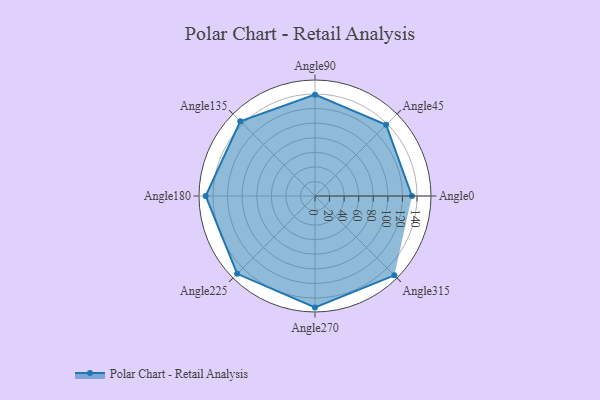
{"axis": {"x": "Angle", "y": "Radius"}, "legend": [""], "data": [{"x": "Angle0", "y": 133.0, "type": ""}, {"x": "Angle45", "y": 138.0, "type": ""}, {"x": "Angle90", "y": 139.0, "type": ""}, {"x": "Angle135", "y": 145.0, "type": ""}, {"x": "Angle180", "y": 150.0, "type": ""}, {"x": "Angle225", "y": 151.0, "type": ""}, {"x": "Angle270", "y": 153.0, "type": ""}, {"x": "Angle315", "y": 154.0, "type": ""}]}